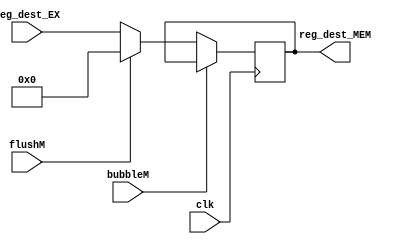
`timescale 1ns / 1ps
//////////////////////////////////////////////////////////////////////////////////
// Company: 
// Engineer: 
// 
// Design Name: 
// Module Name: Addr_MEM
// Project Name: 
// Target Devices: 
// Tool Versions: 
// Description: 
// 
// Dependencies: 
// 
// Revision:
// Revision 0.01 - File Created
// Additional Comments:
// 
//////////////////////////////////////////////////////////////////////////////////


module Addr_MEM(
    input                   clk,
    input                   bubbleM,
    input                   flushM,
    input           [4:0]   reg_dest_EX,
    output  reg     [4:0]   reg_dest_MEM
    );
    
    initial begin
        reg_dest_MEM = 5'b0;
    end
    
    always @(posedge clk) begin
        if(!bubbleM)begin
            if(flushM)begin
                reg_dest_MEM <= 5'b0;
            end else begin
                reg_dest_MEM <= reg_dest_EX;
            end
        end
    end
endmodule